Annual administration report of the Civil Veterinary Department of India - 1896-1897
Year: 1896
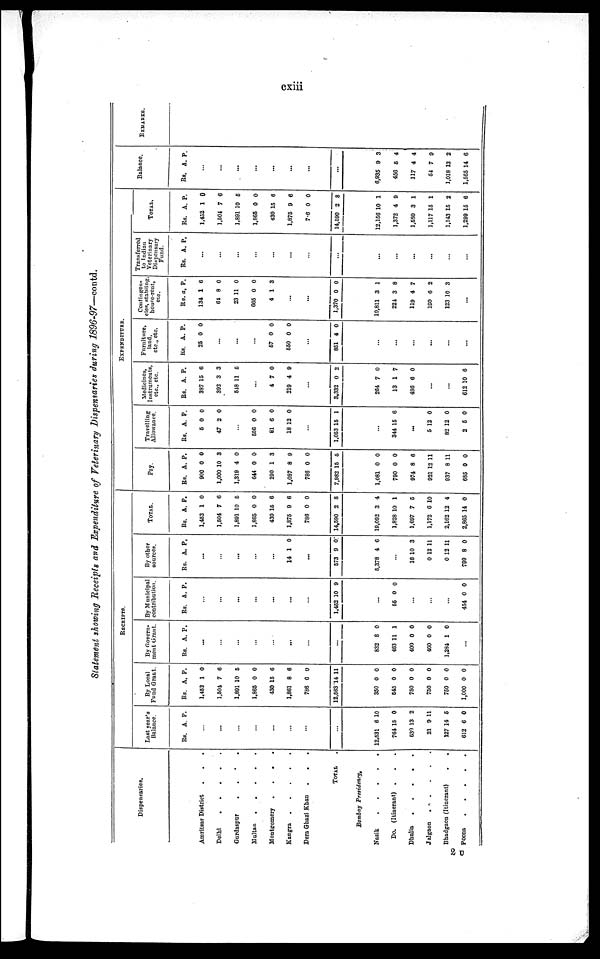
cxiii
Statement showing Receipts and Expenditure of Veterinary Dispensaries during 1896-97—contd.
Dispensaries.
Amritsar District
.
.
.
Delhi
.
.
.
.
.
Gurdaspur
.
.
.
.
Muitao
.
.
.
.
.
Montgomery
.
.
.
.
Kangra
.
.
.
.
.
Dera Ghazi Khan . . .
TOTAL .
Bombay
Presidency,
Nasik
.
.
.
.
.
Do. (Itinerant) . . .
Dhulia
.
.
.
.
.
Jalgaon . . . . .
Bhadgaon (Itinerant)
. .
Poona
.
.
.
.
.
RECEIPTS.
Last year's
Balance.
Rs. A. P.
...
...
...
...
...
...
...
...
12,531
761
630
21
127
612
6
15
13
9
14
6
10
0
2
11
5
0
By Local
Fund Grant.
Rs.
1,452
1,504
1,891
1,865
430
1,861
786
12,583
350
545
750
750
750
1,000
A,
1
7
10
0
15
8
0
14
0
0
0
0
0
0
P.
0
6
5
0
6
6
0
11
0
0
0
0
0
0
By Govern-
ment Grant.
Rs. A. P.
...
...
...
...
...
...
...
...
832
463
400
400
1,284
8
11
0
0
1
0
1
0
0
0
...
By Municipal
contribution.
Rs. A. P.
...
...
...
...
...
...
...
1,452 10 9
...
55 0
0
...
...
...
454 0 0
By other
sources.
Rs. A . P.
...
...
...
...
...
14 1
0
...
573
5,378
9
4
0
6
...
16
0
0
799
10
12
12
8
3
11
11
0
TOTAL.
Rs.
1,452
1,504
1,891
1,865
430
1,875
786
14,590
19,092
1,828
1,697
1,172
2,162
2,865
A.
1
7
10
0
15
9
0
2
3
10
7
6
12
14
P.
0
6
5
0
6
6
0
8
4
1
5
10
4
0
EXPENDITURE.
Pay.
Rs.
900
1,000
1,319
644
290
1,087
786
7,982
1,081
790
974
921
937
685
A.
0
10
4
0
1
8
0
15
0
0
8
12
8
0
P.
0
3
0
0
3
9
0
5
0
0
6
11
11
0
Travelling
Allowance.
Rs.
5
47
A.
0
2
P.
0
0
...
556
81
18
0
6
12
0
0
0
...
1,053 15 1
...
344 15 6
...
5
82
2
12
12
5
0
0
0
Medicines,
Instruments,
etc., etc.
Rs.
337
392
518
A.
15
3
11
P.
6
3
5
...
4
219
7
4
0
9
...
3,332
264
13
486
0
7
1
6
2
0
7
0
...
...
612 10 6
Furniture,
land,
etc., etc.
Rs.
25
A.
0
P.
0
...
...
...
57
550
0
0
0
0
...
851 4 0
...
...
...
...
...
...
Contingen-
cies, stabling,
house-rent,
etc.
Rs.
134
61
23
665
4
A.
1
8
11
0
1
P.
6
0
0
0
3
...
...
1,370
10,811
221
119
190
123
0
3
3
4
6
10
0
1
8
7
2
3
...
Transferred
to Indian
Veterinary
Dispensary
Fund.
Rs. A. P.
...
...
...
...
...
...
...
...
...
...
...
...
...
...
TOTAL.
Rs.
1,452
1,504
1,891
1,865
430
1,875
736
14,590
12,166
1,372
1,580
1,117
1,143
1,299
A.
1
7
10
0
15
9
0
2
10
4
3
15
15
15
P.
0
6
5
0
6
6
0
8
1
9
1
1
2
6
Balance.
Rs. A.
P.
...
...
...
...
...
...
...
...
6,935
456
117
54
1,018
1,565
9
5
4
7
13
14
3
4
4
9
2
6
REMARKS.
2 U